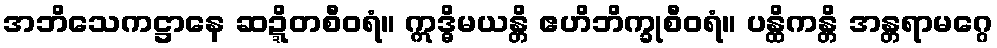
အဘိသေကဋ္ဌာနေ ဆဍ္ဍိတစီဝရံ။ ဣဒ္ဓိမယန္တိ ဧဟိဘိက္ခုစီဝရံ။ ပန္ထိကန္တိ အန္တရာမဂ္ဂေ